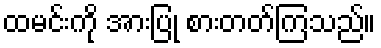
ထမင်းကို အားပြု စားတတ်ကြသည်။